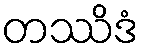
တဿိဒံ